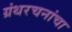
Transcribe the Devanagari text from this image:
ग्रंथरचनांचा